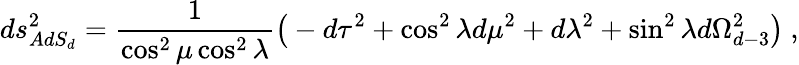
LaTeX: ds_{AdS_{d}}^{2}={\frac{1}{\cos^{2}\mu\cos^{2}\lambda}}\big(-d\tau^{2}+\cos^{2}\lambda d\mu^{2}+d\lambda^{2}+\sin^{2}\lambda d\Omega_{d-3}^{2}\big)\ ,